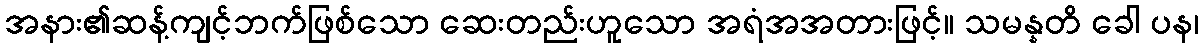
အနား၏ဆန့်ကျင့်ဘက်ဖြစ်သော ဆေးတည်းဟူသော အရံအအတားဖြင့်။ သမန္နတိ ခေါ ပန၊